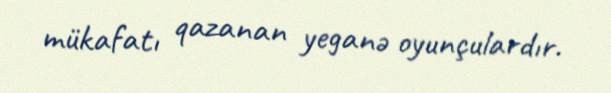
mükafatı qazanan yeganə oyunçulardır.